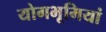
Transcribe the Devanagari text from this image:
योगभूमियां